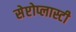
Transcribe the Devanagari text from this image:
सेप्टोप्लास्टी